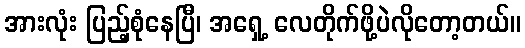
အားလုံး ပြည့်စုံနေပြီ၊ အရှေ့ လေတိုက်ဖို့ပဲလိုတော့တယ်။